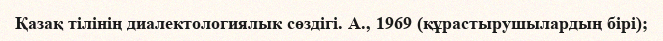
Қазақ тілінің диалектологиялык сөздігі. А., 1969 (құрастырушылардың бірі);